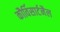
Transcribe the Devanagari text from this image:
कौर्विसार्टनैल